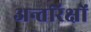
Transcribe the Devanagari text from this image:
अन्तरिक्षों